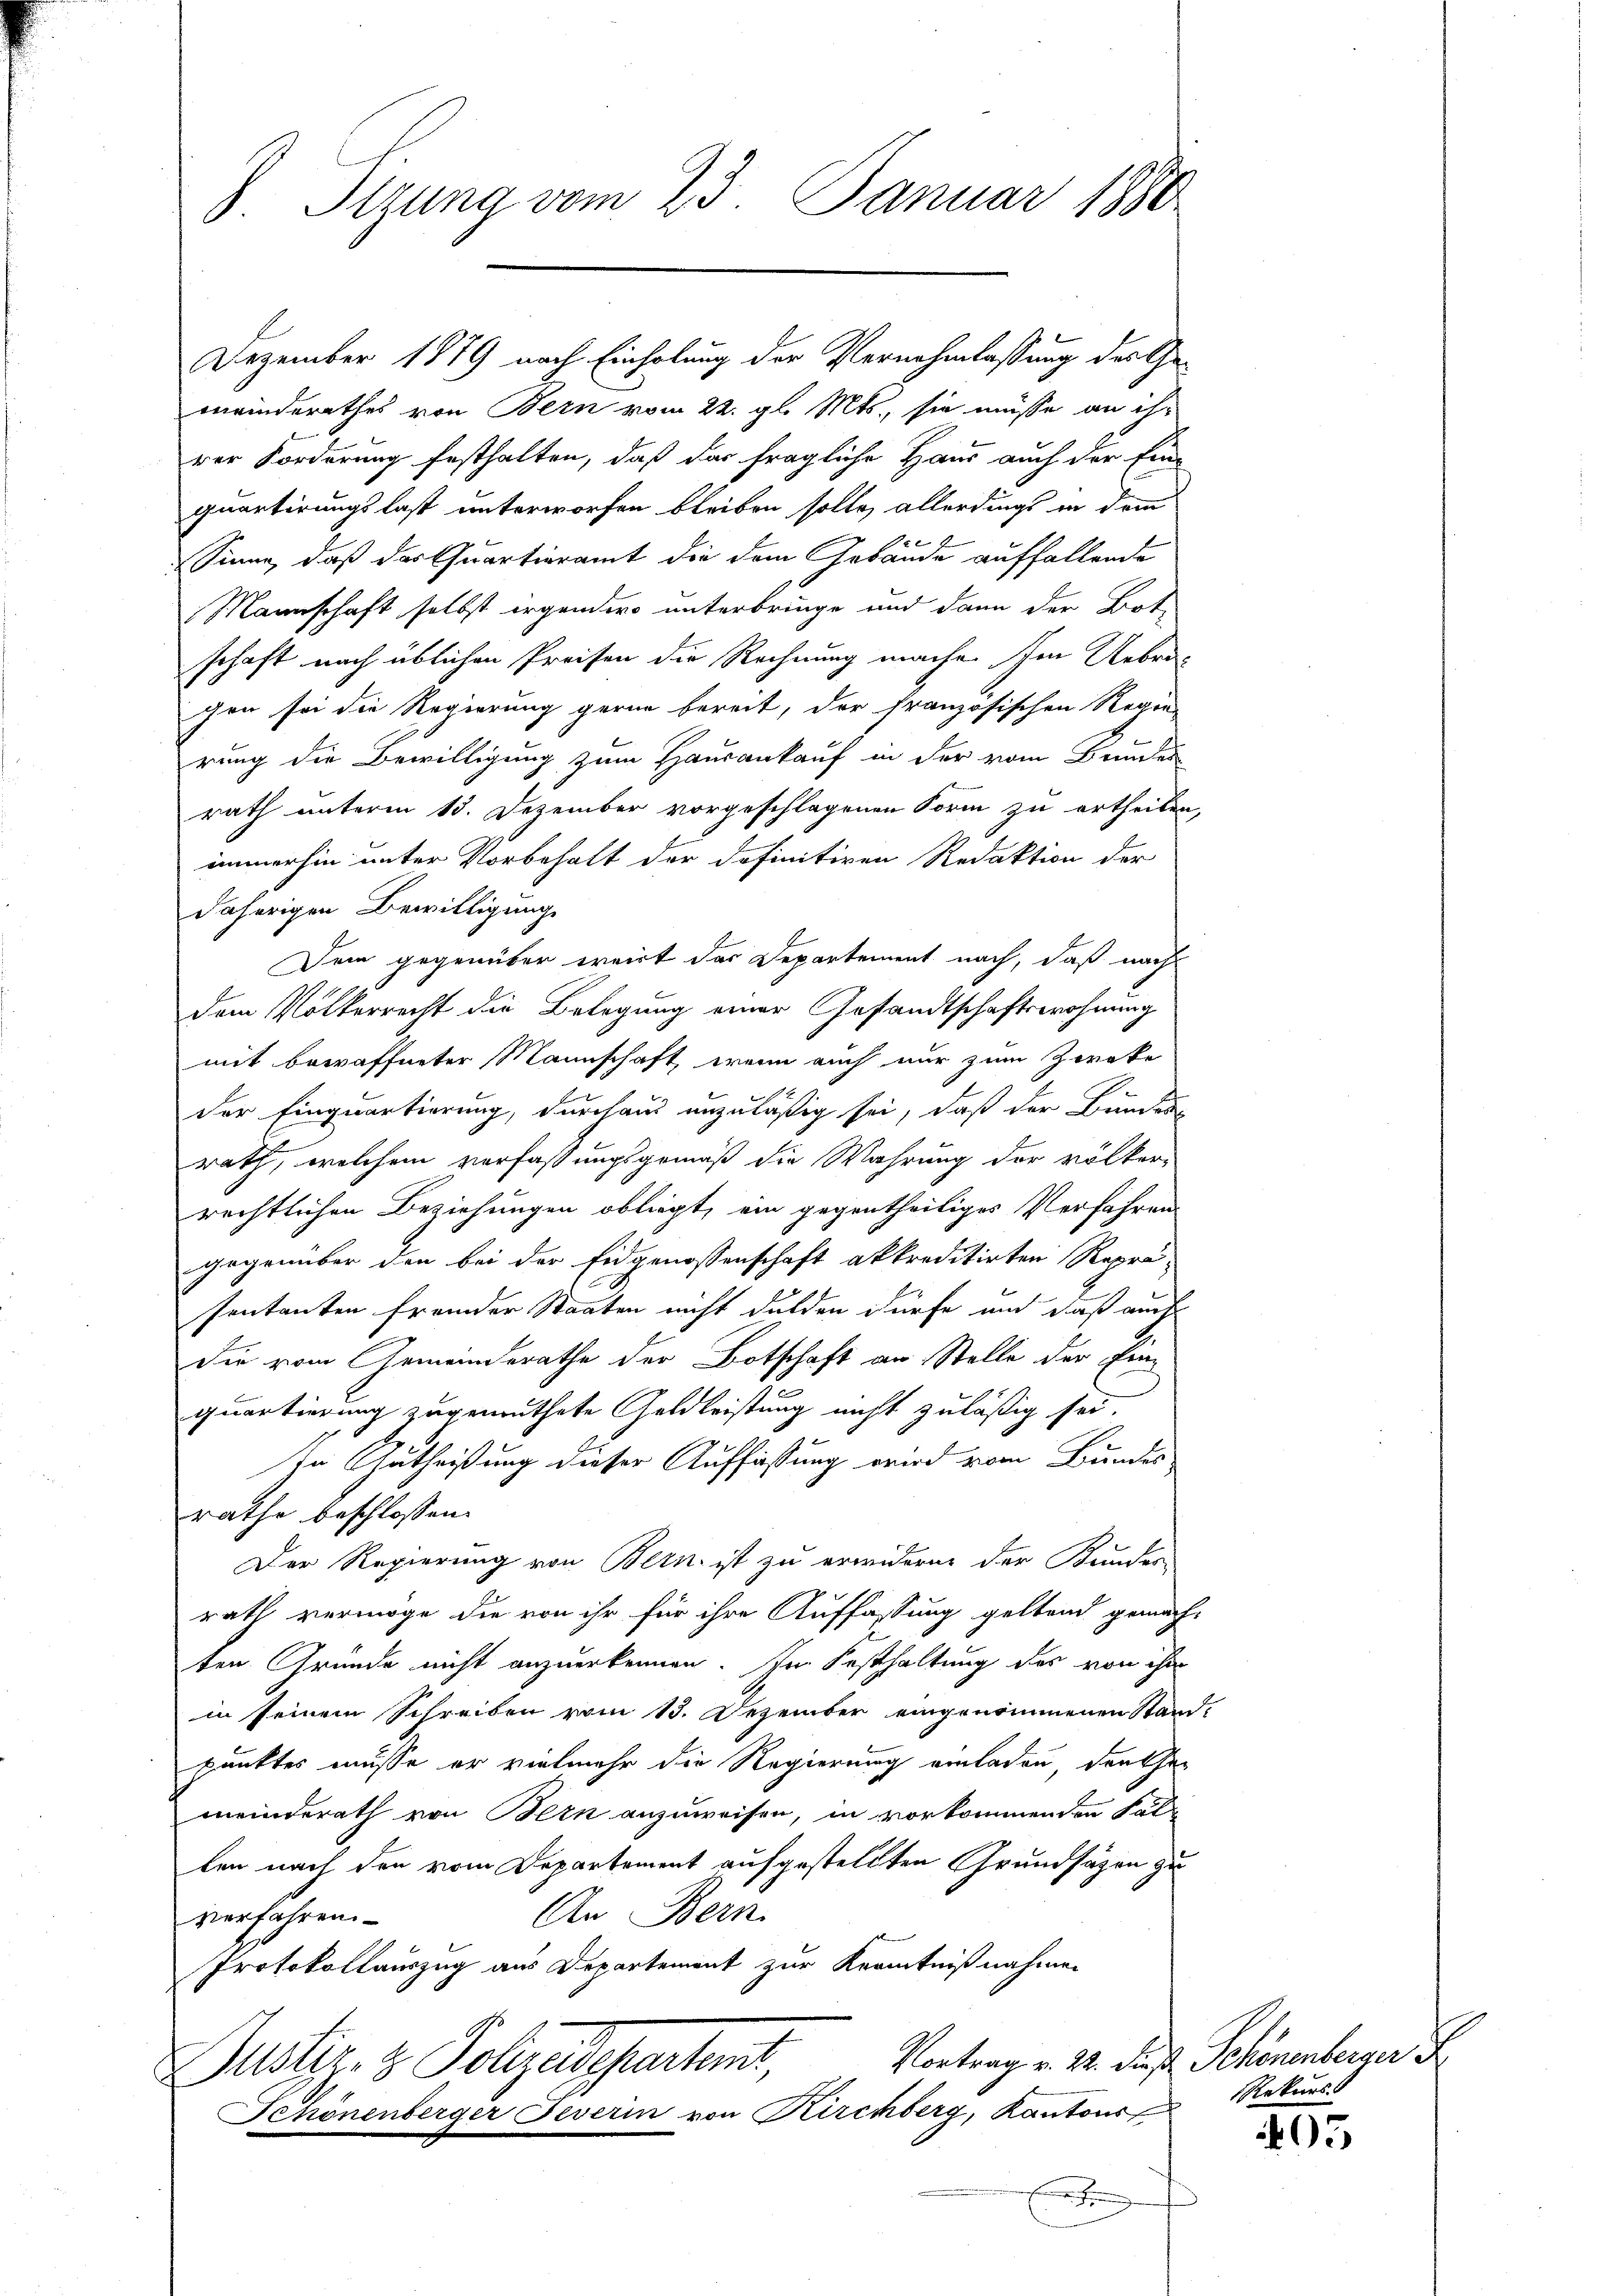
8. Sitzung vom 23. Januar 1880

Dezember 1879 nach Einholung der Vernehmlassung des Gemeinderathes von Bern vom 22. gl. Mts., sie müsse an ihr
rer Forderung festhalten, daß das fragliche Haus auch der Ein-
quartirungslast unterworfen bleiben solle, allerdings in dem
 E
Sinne, daß das Quartieramt die dem Gebäude auffallende
Mannschaft selbst irgender unterbringe und dann der Bote
schaft nach üblichen Preisen die Rechnung mache. Im Uebrigen sei die Regierung gerne bereit, der französischen Regie-
rung die Bewilligung zum Hausankauf in der vom Brundes
rath unterm 15. Dezember vorgeschlagenen Form zu ertheilen,
immerhin unter Vorbehalt der definitiven Redaktion der
daherigen Bewilligung
Dem gegenüber weist das Departement nach, daß nach
Dem Volkerrecht die Belegung einer Gesandtschaftswohnung
mit bewaffneter Mannschaft, wenn auch nur zum Zweke
der Einquartierung, durchaus anzuläßig sei, daß der Bundern
rath, welchem verfassungsgemäß die Wahrung der völker-
rechtlichen Beziehungen obliegt, ein gegentheiliges Verfahren
gegenüber den bei der Eidgenossenschaft akkreditirten Reprä-
sentanten fremder Staaten nicht dulden dürfe und daß auch
die vom Gemeinderathe der Botschaft an Stelle der Einquartierung zugemuthete Geldleistung nicht zuläßig sei.
In Antheißung dieser Auffassung wird vom Bundes
rathe beschlossen:
Der Regierung von Bern ist zu erwidern der Bundes-
rath vermöge die von ihr für ihre Auffassung geltend gemach-
ten Gründe nicht anzuerkennen. Im Festhaltung des von ihm
in seinem Schreiben vom 13. Dezember eingenommenen Stand-
punktes müsse er vielmehr die Regierung einladen, danken
meinderath von Bern anzuweisen, in vorkommenden Fal
ben nach den vom Departement aufgestellten Grundsätzen zu
An Bern.
verfahren.
t
Protokollauszug aus Departement zur Kenntnißnahmen
Vortrag v. 22. daß Schönenberger
Dustiz- & Polizeideparten
Senonenberger Feverin von Kirchberg, Kantons
E

Rekurs

405